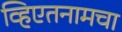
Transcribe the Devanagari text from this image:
व्हिएतनामचा